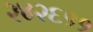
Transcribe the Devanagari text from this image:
२४२६११